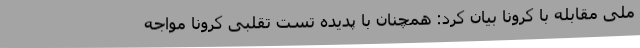
ملی مقابله با کرونا بیان کرد: همچنان با پدیده تست تقلبی کرونا مواجه